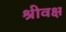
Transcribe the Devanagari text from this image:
श्रीवक्ष